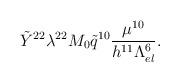
LaTeX: \begin{align*}\tilde{Y}^{22} \lambda^{22} M_0 \tilde{q}^{10} \frac{\mu^{10}}{h^{11}\Lambda_{el}^{6}}.\end{align*}